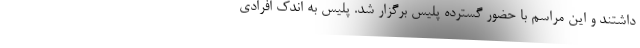
داشتند و این مراسم با حضور گسترده پلیس برگزار شد. پلیس به اندک افرادی